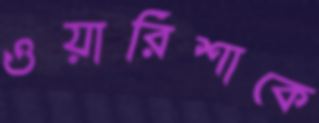
ওয়ারিশাকে